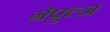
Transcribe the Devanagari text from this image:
नेपुल्ज़